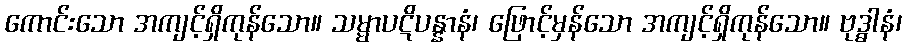
ကောင်းသော အကျင့်ရှိကုန်သော။ သမ္မာပဋိပန္နာနံ၊ ဖြောင့်မှန်သော အကျင့်ရှိကုန်သော။ ဗုဒ္ဓါနံ၊